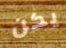
يكن